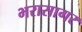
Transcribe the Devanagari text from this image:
भरासागर